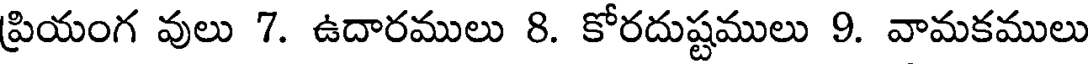
ప్రియంగ వులు 7. ఉదారములు 8. కోరదుష్టములు 9. వామకములు